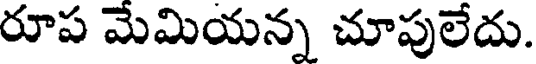
రూప మేమియన్న చూపులేదు.